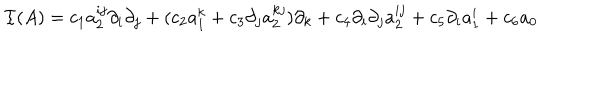
{ \cal I } ( A ) = c _ { 1 } a _ { 2 } ^ { i j } \partial _ { i } \partial _ { j } + ( c _ { 2 } a _ { 1 } ^ { k } + c _ { 3 } \partial _ { j } a _ { 2 } ^ { k j } ) \partial _ { k } + c _ { 4 } \partial _ { i } \partial _ { j } a _ { 2 } ^ { i j } + c _ { 5 } \partial _ { i } a _ { 1 } ^ { i } + c _ { 6 } a _ { 0 }